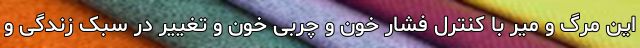
این مرگ و میر با کنترل فشار خون و چربی خون و تغییر در سبک زندگی و